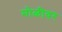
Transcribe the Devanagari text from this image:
मोळीवर